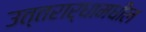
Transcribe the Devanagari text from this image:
उत्तरार्धामधील